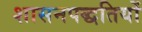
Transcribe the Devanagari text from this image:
शासनपद्धतियों